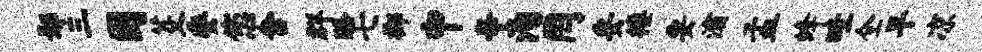
鄢三困芟委您舍群酪七榔中辛洵罔妥楼要灞孟蜂畦全早凉